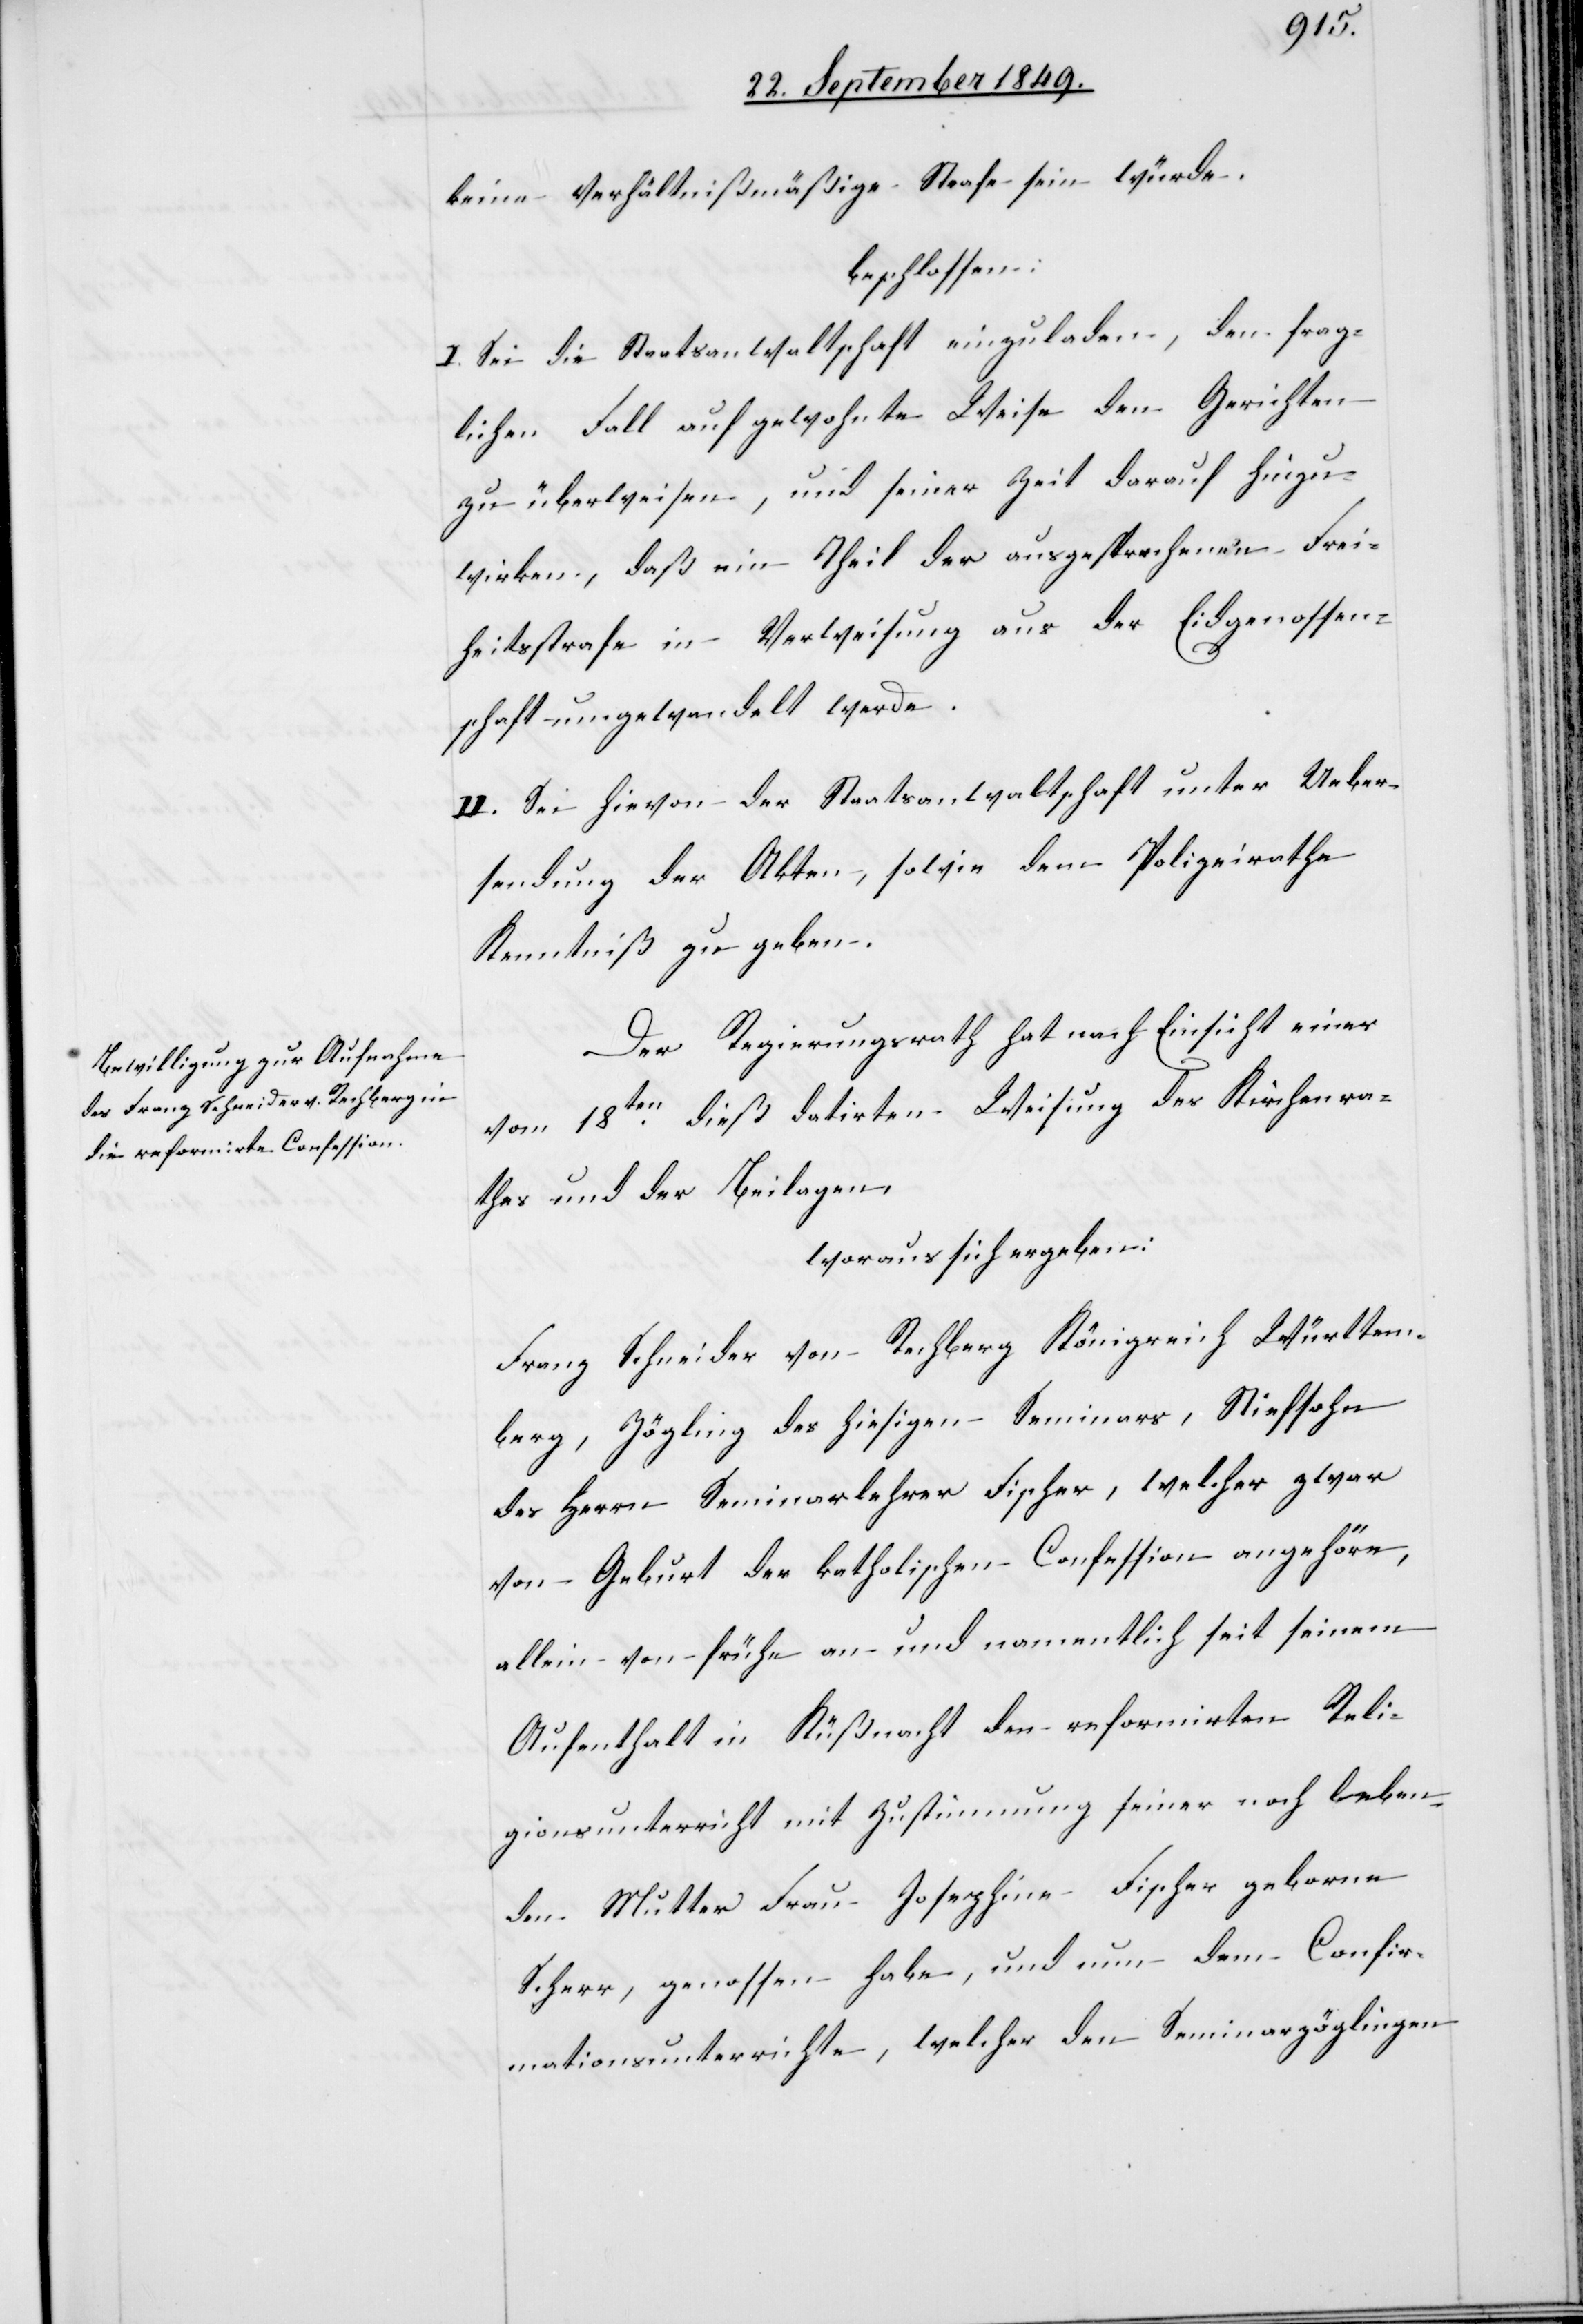
keine Verhältnißmäßige Strafe sein würde.
beschlossen:
I. Sei die Staatsanwaltschaft einzuladen, den frag¬
lichen Fall auf gewohnte Weise den Gerichten
zu überweisen, und seiner Zeit darauf hinzu¬
wirken, daß ein Theil der ausgesprochenen Frei¬
heitsstrafe in Verweisung aus der Eidgenossen¬
schaft umgewandelt werde.
II. Sei hievon der Staatsanwaltschaft unter Ueber¬
sendung der Akten, sowie dem Polizeirathe
Kenntniß zu geben.
Der Regierungsrath hat nach Einsicht einer
vom 18ten dieß datirten Weisung des Kirchenra¬
thes und der Beilagen,
woraus sich ergeben:
Franz Schneider von Rechberg Königreich Würtem¬
berg, Zögling des hiesigen Seminars, Stiefsohn
des Herrn Seminarlehrer Fischer, welcher zwar
von Geburt der katholischen Confession angehöre,
allein von frühe an und namentlich seit seinem
Aufenthalt in Küßnacht den reformirten Reli¬
gionsunterricht mit Zustimmung seiner noch leben¬
den Mutter Frau Josephina Fischer geborne
Scherr, genossen habe, und nun dem Confir¬
mationsunterrichte, welcher den Seminarzöglingen